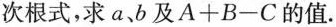
次根式，求a、b及$$A+B-C$$的值.